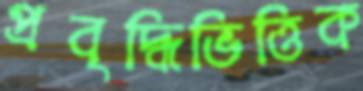
প্রবৃদ্ধিভিত্তিক